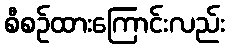
စီစဉ်ထားကြောင်းလည်း